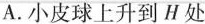
A.小皮球上升到H处